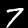
Label: 7